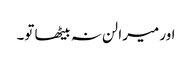
اور میرا لن نہ بیٹھا تو۔